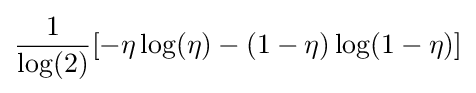
{\frac {1}{\log(2)}}[-\eta \log(\eta )-(1-\eta )\log(1-\eta )]